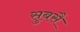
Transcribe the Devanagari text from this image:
सुबसै